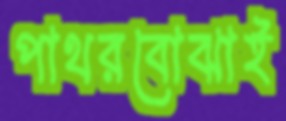
পাথরবোঝাই